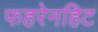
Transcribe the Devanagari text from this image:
फहरेनहिट